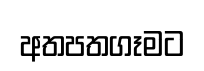
අතපතගෑමට